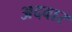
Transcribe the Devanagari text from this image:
अदवार